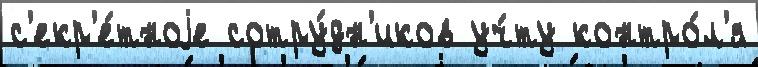
с'екр'е́тноjе сотру́дн'иков уч́ту контро́л'я